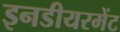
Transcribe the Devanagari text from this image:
इनडीयरमेंट